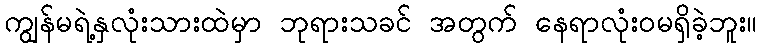
ကျွန်မရဲ့နှလုံးသားထဲမှာ ဘုရားသခင် အတွက် နေရာလုံးဝမရှိခဲ့ဘူး။